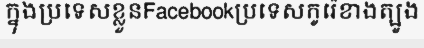
ក្នុងប្រទេសខ្លួនFacebookប្រទេសកូរ៉េខាងត្បូង